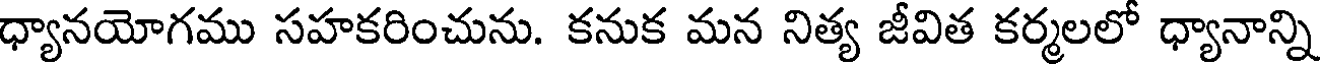
ధ్యానయోగము సహకరించును. కనుక మన నిత్య జీవిత కర్మలలో ధ్యానాన్ని